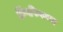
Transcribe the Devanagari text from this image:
किंगफिशरस्